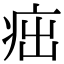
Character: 㽾